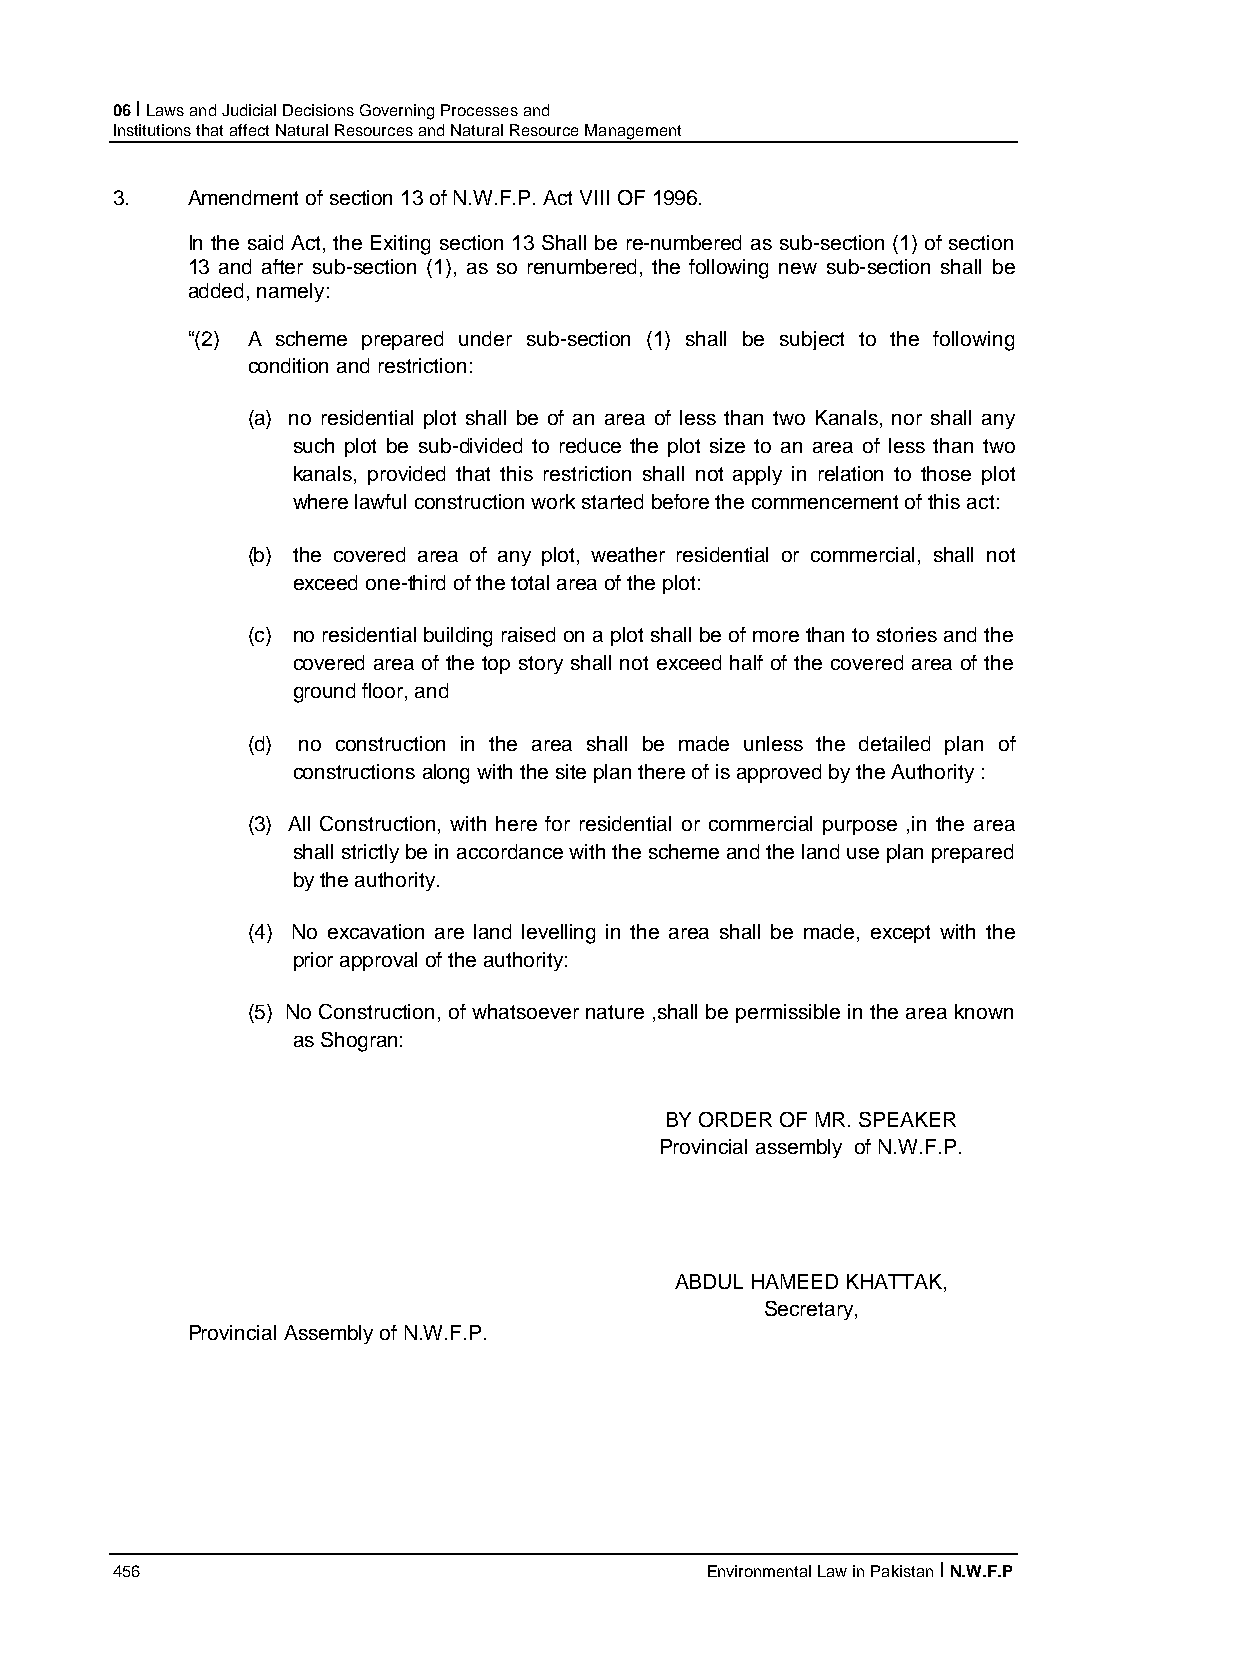
06 I Laws and Judicial Decisions Governing Processes and
 Institutions that affect Natural Resources and Natural Resource Management
 3.   Amendment of section 13 of N.W.F.P. Act VIII OF 1996.
 In the said Act, the Exiting section 13 Shall be re-numbered as sub-section (1) of section
 13 and after sub-section (1), as so renumbered, the following new sub-section shall be
 added, namely:
 “(2) A scheme prepared under sub-section (1) shall be subject to the following
 condition and restriction:
 (a) no residential plot shall be of an area of less than two Kanals, nor shall any
 such plot be sub-divided to reduce the plot size to an area of less than two
 kanals, provided that this restriction shall not apply in relation to those plot
 where lawful construction work started before the commencement of this act:
 (b) the covered area of any plot, weather residential or commercial, shall not
 exceed one-third of the total area of the plot:
 (c) no residential building raised on a plot shall be of more than to stories and the
 covered area of the top story shall not exceed half of the covered area of the
 ground floor, and
 (d) no construction in the area shall be made unless the detailed plan of
 constructions along with the site plan there of is approved by the Authority :
 (3) All Construction, with here for residential or commercial purpose ,in the area
 shall strictly be in accordance with the scheme and the land use plan prepared
 by the authority.
 (4) No excavation are land levelling in the area shall be made, except with the
 prior approval of the authority:
 (5) No Construction, of whatsoever nature ,shall be permissible in the area known
 as Shogran:
 BY ORDER OF MR. SPEAKER
 Provincial assembly of N.W.F.P.
 ABDUL HAMEED KHATTAK,
 Secretary,
 Provincial Assembly of N.W.F.P.
 456                                     Environmental Law in Pakistan I N.W.F.P